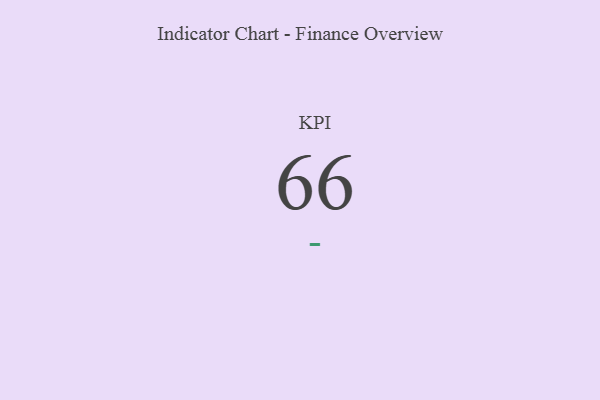
{"axis": {"x": "KPI", "y": "Value"}, "legend": [""], "data": [{"x": "KPI", "y": 66, "type": ""}]}